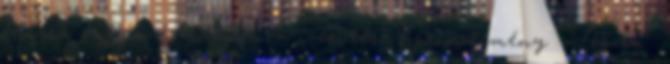
hiszen mogyoró és mandula ízesítésű aprósütemény . Tészta :